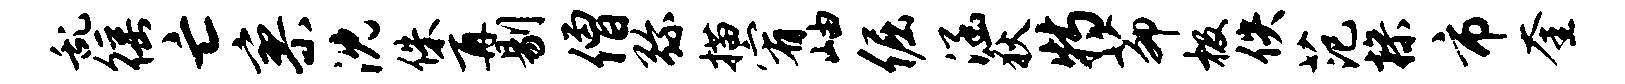
乱徭亡寥沈侏再剔僧弥描宥岫倔涵狄特茆极佚范操市奎